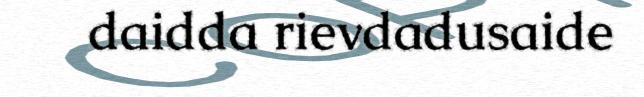
daidda rievdadusaide